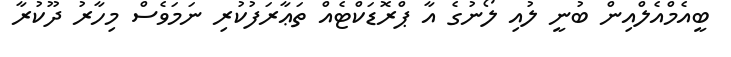
ބީއެމްއެލްއިން ބުނީ ލުއި ލޯނުގެ އާ ޕްރޮޑަކްޓެއް ތަޢާރަފުކުރި ނަމަވެސް މިހާރު ދޫކުރާ